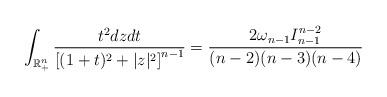
LaTeX: \begin{align*}\int_{\mathbb{R}_{+}^{n}}\frac{t^{2}dzdt}{\left[(1+t)^{2}+|z|^{2}\right]^{n-1}}=\frac{2\omega_{n-1}I_{n-1}^{n-2}}{(n-2)(n-3)(n-4)}\end{align*}